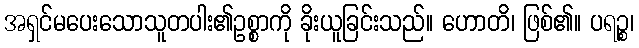
အရှင်မပေးသောသူတပါး၏ဥစ္စာကို ခိုးယူခြင်းသည်။ ဟောတိ၊ ဖြစ်၏။ ပရဉ္စ၊